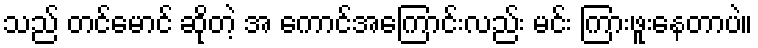
သည် တင်မောင် ဆိုတဲ့ အ ကောင်အကြောင်းလည်း မင်း ကြားဖူးနေတာပဲ။